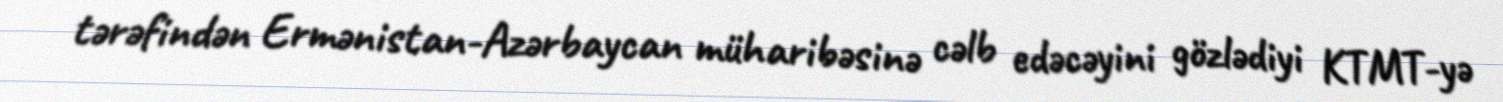
tərəfindən Ermənistan-Azərbaycan müharibəsinə cəlb edəcəyini gözlədiyi KTMT-yə